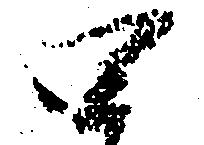
四